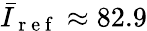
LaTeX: \bar{I}_{\mathrm{~r~e~f~}}\approx 82.9